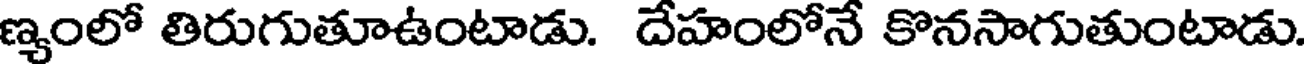
ణ్యంలో తిరుగుతూఉంటాడు. దేహంలోనే కొనసాగుతుంటాడు.